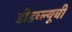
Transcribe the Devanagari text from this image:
डीडब्ल्यूबी